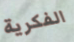
الفكرية